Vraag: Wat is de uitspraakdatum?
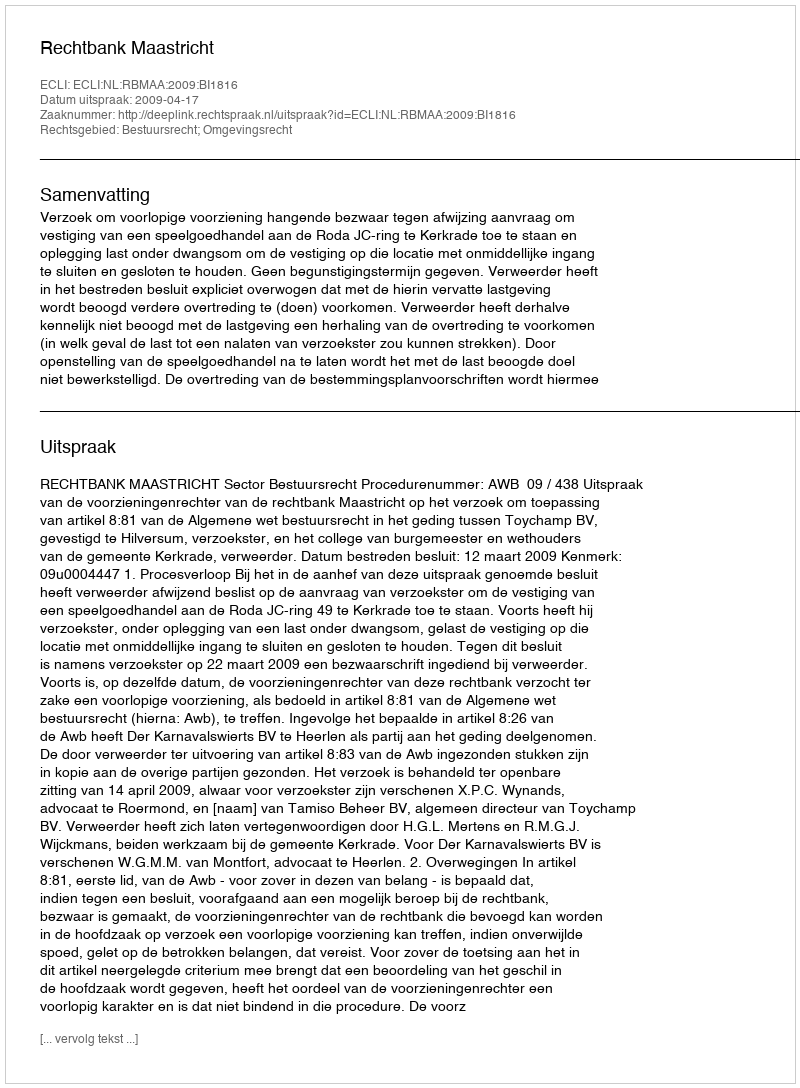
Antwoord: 2009-04-17